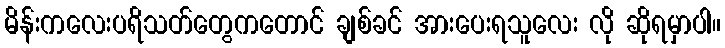
မိန်းကလေးပရိသတ်တွေကတောင် ချစ်ခင် အားပေးရသူလေး လို ဆိုရမှာပါ။